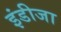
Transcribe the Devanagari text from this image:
इंडीजा